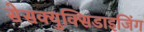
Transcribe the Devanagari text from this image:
सेसक्युक्सिडाइजिंग